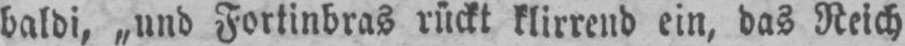
baldi, „und Fortinbras rückt klirrend ein, das Reich